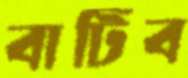
বাটিব